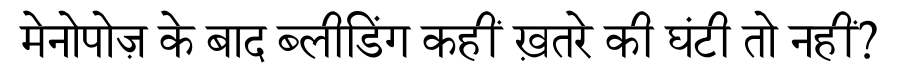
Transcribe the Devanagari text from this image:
मेनोपोज़ के बाद ब्लीडिंग कहीं ख़तरे की घंटी तो नहीं?